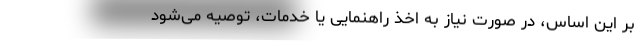
بر این اساس، در صورت نیاز به اخذ راهنمایی یا خدمات، توصیه می‌شود